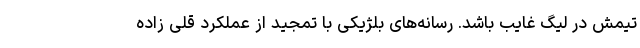
تیمش در لیگ غایب باشد. رسانه‌های بلژیکی با تمجید از عملکرد قلی زاده